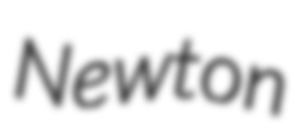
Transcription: Newton